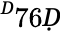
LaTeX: ^Ḋ76Ḍ